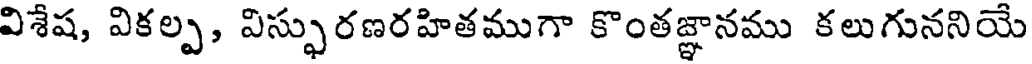
విశేష, వికల్ప, విస్ఫురణరహితముగా కొంతజ్ఞానము కలుగుననియే